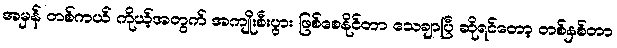
အမှန် တစ်ကယ် ကိုယ့်အတွက် အကျိုးစီးပွား ဖြစ်စေနိုင်တာ သေချာပြီ ဆိုရင်တော့ တစ်နှစ်တာ